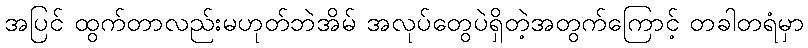
အပြင် ထွက်တာလည်းမဟုတ်ဘဲအိမ် အလုပ်တွေပဲရှိတဲ့အတွက်ကြောင့် တခါတရံမှာ